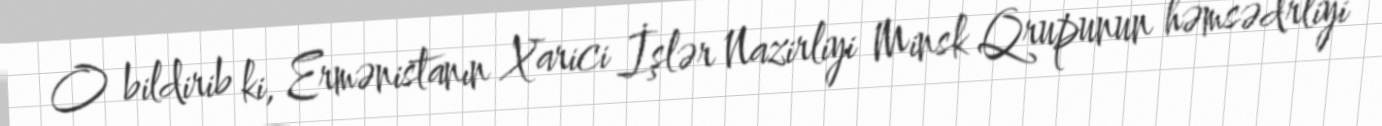
O bildirib ki, Ermənistanın Xarici İşlər Nazirliyi Minsk Qrupunun həmsədrliyi